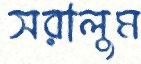
সরালুম